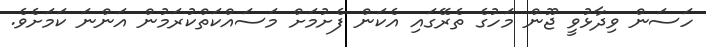
ހަސަން ވިދާޅުވީ ޖޫން މަހުގެ ތެރޭގައި އެކަން ފެށުމަށް މަސައްކަތްކުރަމުން އަންނަ ކަމަށެވެ.